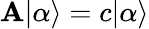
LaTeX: \mathbf{A}|\alpha\rangle=c|\alpha\rangle